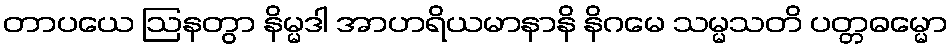
တာပယေ ဩနတွာ နိမ္မဒါ အာဟရိယမာနာနိ နိဂမေ သမ္မသတိ ပတ္တဓမ္မော